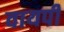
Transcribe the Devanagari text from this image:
वायपी